Civil Veterinary Department Bihar & Orissa reports 1922-29 - 1922-1929
Year: 1922
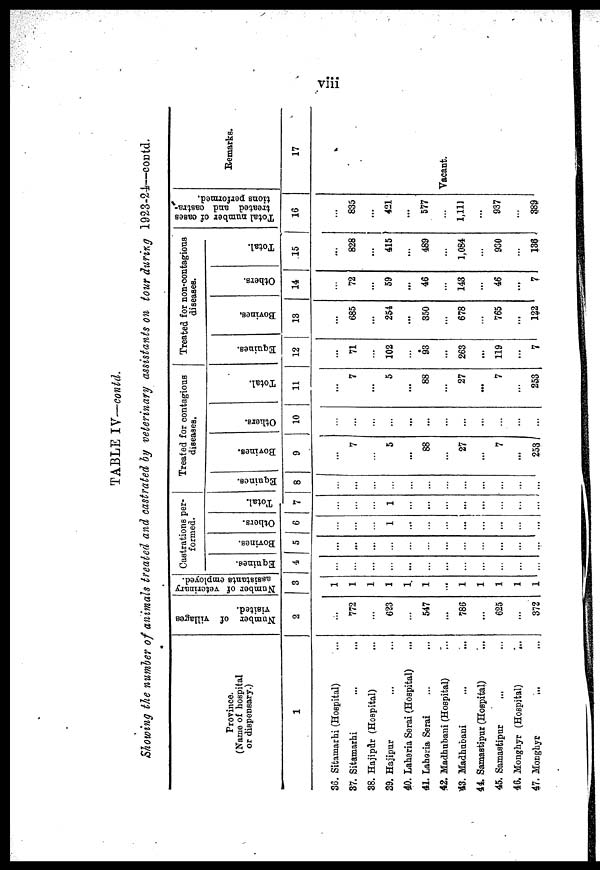
TABLE IV—contd.
Showing the number of animals treated and castrated by veterinary assistants on tour during 1923-24—contd.
Province.
(Name of hospital
or dispensary.)
1
36. Sitamarhi (Hospital)
37. Sitamarhi
88. Hajipdr (Hospital)
39. Hajipur
40. Laheria Serai (Hospital)
41. Laheria Serai
42. Madhubani (Hospital)
43. Madhubani
44. Samastipur (Hospital)
45. Samastipur
46. Monghyr (Hospital)
...
47. Monghyr
...
Number of Tillages
visited.
2
772
623
547
...
786
...
625
...
372
Number
of veterinary
assistants employed.
3
Castrations per-
formed.
Equinea.
4
Bovines.
5
...
...
...
Others.
6
1
...
...
...
...
Total.
Equincs.
7
8
1 ...
Treated for contagions
diseases.
Bovines.
9
7
5
...
88
...
27
...
7
...
253
Others.
10
...
...
...
...
...
Total.
11
...
7
...
5
...
88
27
...
7
253
Treated for non-contagious
diseases.
Equines.
12
...
71
102
93
...
263
...
119
...
7
Bovines.
13
...
685
...
251
...
350
...
678
...
765
...
122
Others.
14
72
...
59
...
46
...
143
46
...
7
Total.
15
...
828
415
...
489
1,084
...
930
136
Total number of oases
treated and castra-
tions performed.
16
835
...
421
...
577
1,111
...
937
...
389
Remarks.
17
Vacant.